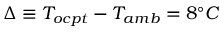
\Delta \equiv T _ { o c p t } - T _ { a m b } = 8 ^ { \circ } C